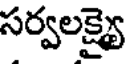
సర్వలక్ష్యై